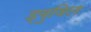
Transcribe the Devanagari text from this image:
ड्युविल